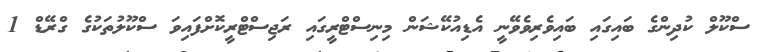
ސްކޫލް ކުދިންގެ ބައިގައި ބައިވެރިވެވޭނީ އެޑިއުކޭޝަން މިނިސްޓްރީގައި ރަޖިސްޓްރީކޮށްފައިވަ ސްކޫލުތަކުގެ ގްރޭޑް 1